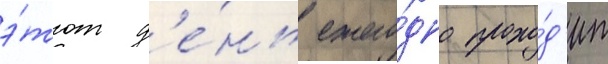
э́тот д'е́нь ежего́дно прохо́д'ит